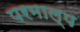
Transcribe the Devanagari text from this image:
परमाल्प